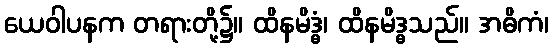
ယေဝါပနက တရားတို့၌။ ထိနမိဒ္ဓံ၊ ထိနမိဒ္ဓသည်။ အဓိကံ၊